Civil Veterinary Dept. Bombay admin report 1923-31 - 1923-1931
Year: 1923
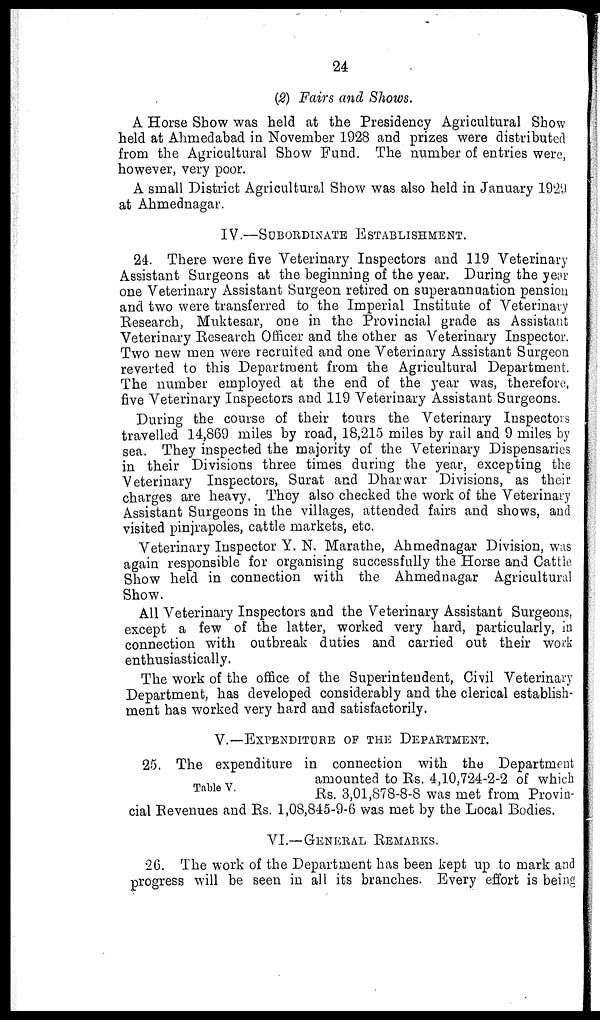
24
(2) Fairs and Shows.
A Horse Show was held at the Presidency Agricultural Show
held at Ahmedabad in November 1928 and prizes were distributed
from the Agricultural Show Fund. The number of entries were,
however, very poor.
A small District Agricultural Show was also held in January 1929
at Ahmednagar.
IV.—SUBORDINATE ESTABLISHMENT.
24. There were five Veterinary Inspectors and 119 Veterinary
Assistant Surgeons at the beginning of the year. During the year
one Veterinary Assistant Surgeon retired on superannuation pension
and two were transferred to the Imperial Institute of Veterinary
Research, Muktesar, one in the Provincial grade as Assistant
Veterinary Research Officer and the other as Veterinary Inspector.
Two new men were recruited and one Veterinary Assistant Surgeon
reverted to this Department from the Agricultural Department.
The number employed at the end of the year was, therefore,
five Veterinary Inspectors and 119 Veterinary Assistant Surgeons.
During the course of their tours the Veterinary Inspectors
travelled 14,869 miles by road, 18,215 miles by rail and 9 miles by
sea. They inspected the majority of the Veterinary Dispensaries
in their Divisions three times during the year, excepting the
Veterinary Inspectors, Surat and Dharwar Divisions, as their
charges are heavy. They also checked the work of the Veterinary
Assistant Surgeons in the villages, attended fairs and shows, and
visited pinjrapoles, cattle markets, etc.
Veterinary Inspector Y. N. Marathe, Ahmednagar Division, was
again responsible for organising successfully the Horse and Cattle
Show held in connection with the Ahmednagar Agricultural
Show.
All Veterinary Inspectors and the Veterinary Assistant Surgeons,
except a few of the latter, worked very hard, particularly, in
connection with outbreak duties and carried out their work
enthusiastically.
The work of the office of the Superintendent, Civil Veterinary
Department, has developed considerably and the clerical establish-
ment has worked very hard and satisfactorily.
V.—EXPENDITURE OF THE DEPARTMENT.
Table V.
25. The expenditure in connection with the Department
amounted to Rs. 4,10,724-2-2 of which
Rs. 3,01,878-8-8 was met from Provin-
cial Revenues and Rs. 1,08,845-9-6 was met by the Local Bodies.
VI.—GENERAL REMARKS.
26. The work of the Department has been kept up to mark and
progress will be seen in all its branches. Every effort is being